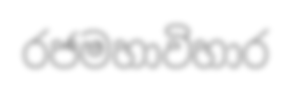
රජමහාවිහාර